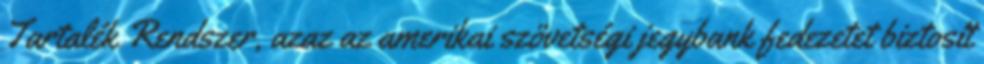
Tartalék Rendszer, azaz az amerikai szövetségi jegybank fedezetet biztosít